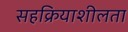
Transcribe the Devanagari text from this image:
सहक्रियाशीलता